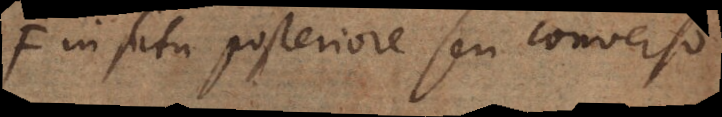
in situ posteriore seu converso